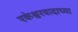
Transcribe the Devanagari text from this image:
एकेश्वरवादाच्या